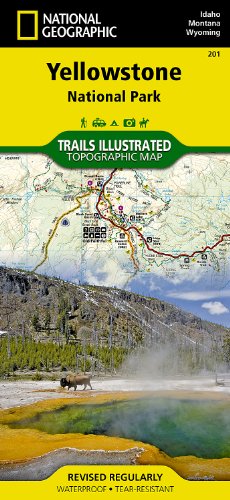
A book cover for Yellowstone National Park (National Geographic Trails Illustrated Map); National Geographic Maps - Trails Illustrated; Travel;